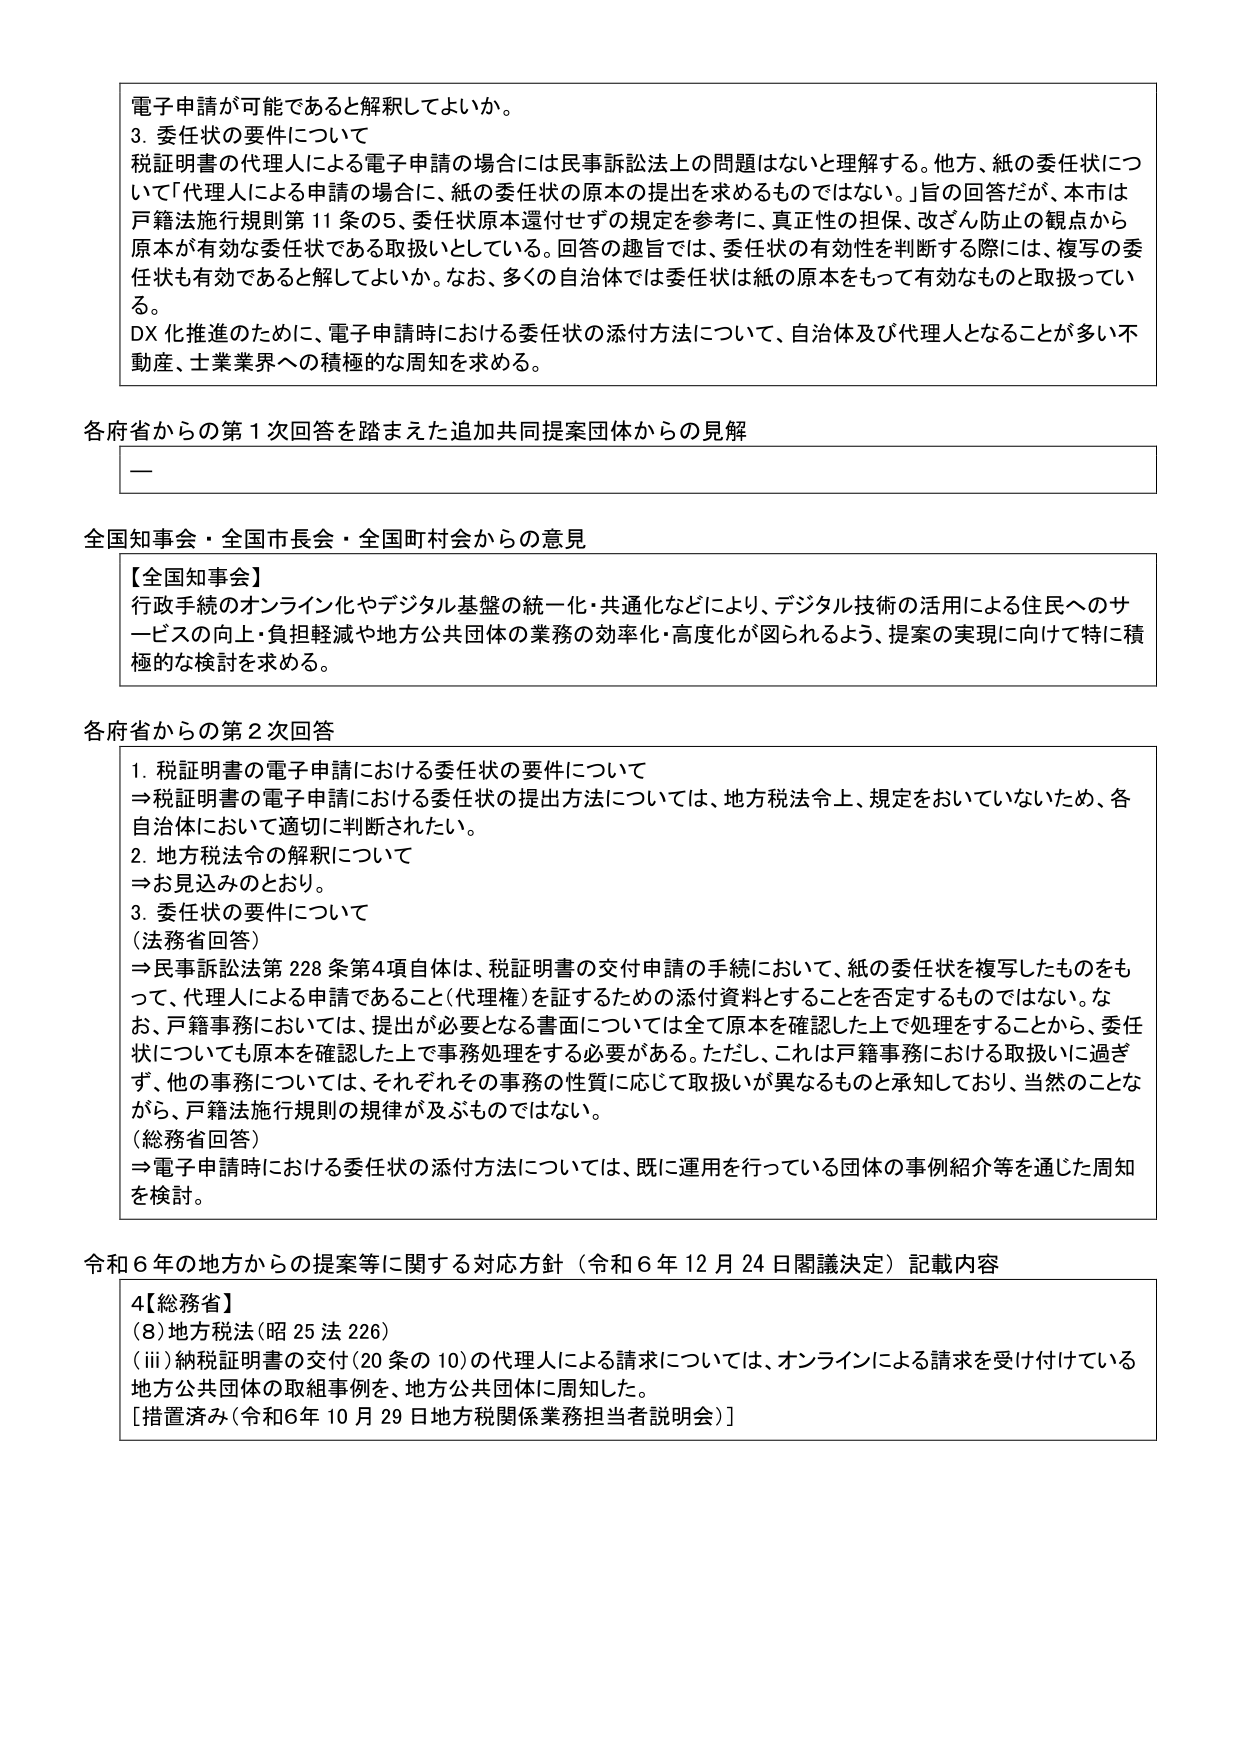
電子申請が可能であると解釈してよいか。

3. 委任状の要件について
税証明書の代理人による電子申請の場合には民事訴訟法上の問題はないと理解する。他方、紙の委任状については「代理人による申請の場合に、紙の委任状の原本の提出を求めるものではない。」旨の回答だが、本市は戸籍法施行規則第11条の5、委任状原本還付せずの規定を参考に、真正性の担保、改ざん防止の観点から原本が有効な委任状である取扱いとしている。回答の趣旨では、委任状の有効性を判断する際には、複写の委任状も有効であると解釈してよいか。なお、多くの自治体では委任状は紙の原本をもって有効なものと取扱っている。
DX化推進のために、電子申請時における委任状の添付方法について、自治体及び代理人となることが多い不動産、土業界への積極的な周知を求める。

各府省からの第1次回答を踏まえた追加共同提案団体からの見解
—

全国知事会・全国市長会・全国町村会からの意見
【全国知事会】
行政手続のオンライン化やデジタル基盤の統一・共通化などにより、デジタル技術の活用による住民へのサービスの向上・負担軽減や地方公共団体の業務の効率化・高度化が図られるよう、提案の実現に向けて特に積極的な検討を求める。

各府省からの第2次回答
1. 税証明書の電子申請における委任状の要件について
⇒税証明書の電子申請における委任状の提出方法については、地方税法令上、規定をおいていないため、各自治体において適切に判断されたい。
2. 地方税法令の解釈について
⇒お見込みのとおり。
3. 委任状の要件について
（法務省回答）
⇒民事訴訟法第228条第4項自体は、税証明書の交付申請の手続において、紙の委任状を複写したものをもって、代理人による申請であること（代理権）を証するための添付資料とすることを否定するものではない。なお、戸籍事務においては、提出が必要となる書面については全て原本を確認した上で処理をすることから、委任状についても原本を確認した上で事務処理をする必要がある。ただし、これは戸籍事務における取扱いに過ぎず、他の事務については、それぞれその事務の性質に応じて取扱いが異なるものと承知しており、当然のことながら、戸籍法施行規則の規律が及ぶものではない。
（総務省回答）
⇒電子申請時における委任状の添付方法については、既に運用を行っている団体の事例紹介等を通じた周知を検討。

令和6年の地方からの提案等に関する対応方針（令和6年12月24日閣議決定）記載内容
4【総務省】
（8）地方税法（昭25法226）
（ⅲ）納税証明書の交付（20条の10）の代理人による請求については、オンラインによる請求を受け付けている地方公共団体の取組事例を、地方公共団体に周知した。
[措置済み（令和6年10月29日地方税関係業務担当者説明会）]